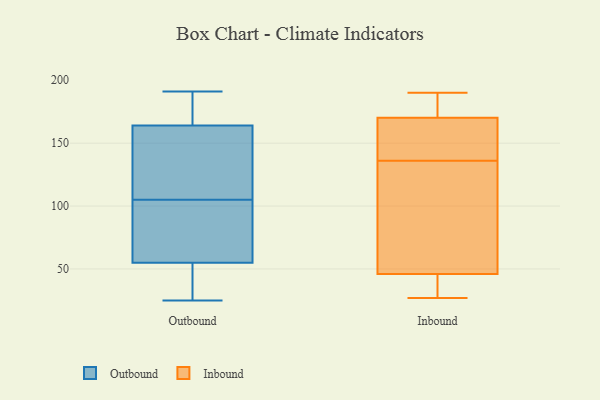
{"axis": {"x": "Tickets Resolved", "y": "Value"}, "legend": ["Inbound", "Outbound"], "data": [{"x": "", "y": 35, "type": "Outbound"}, {"x": "", "y": 148, "type": "Outbound"}, {"x": "", "y": 191, "type": "Outbound"}, {"x": "", "y": 184, "type": "Outbound"}, {"x": "", "y": 108, "type": "Outbound"}, {"x": "", "y": 36, "type": "Outbound"}, {"x": "", "y": 83, "type": "Outbound"}, {"x": "", "y": 25, "type": "Outbound"}, {"x": "", "y": 102, "type": "Outbound"}, {"x": "", "y": 164, "type": "Outbound"}, {"x": "", "y": 58, "type": "Outbound"}, {"x": "", "y": 180, "type": "Outbound"}, {"x": "", "y": 143, "type": "Outbound"}, {"x": "", "y": 55, "type": "Outbound"}, {"x": "", "y": 175, "type": "Inbound"}, {"x": "", "y": 168, "type": "Inbound"}, {"x": "", "y": 52, "type": "Inbound"}, {"x": "", "y": 70, "type": "Inbound"}, {"x": "", "y": 190, "type": "Inbound"}, {"x": "", "y": 136, "type": "Inbound"}, {"x": "", "y": 152, "type": "Inbound"}, {"x": "", "y": 171, "type": "Inbound"}, {"x": "", "y": 36, "type": "Inbound"}, {"x": "", "y": 27, "type": "Inbound"}, {"x": "", "y": 44, "type": "Inbound"}]}